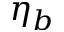
\eta _ { b }